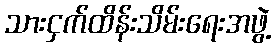
သားငှက်ထိန်းသိမ်းရေးအဖွဲ့